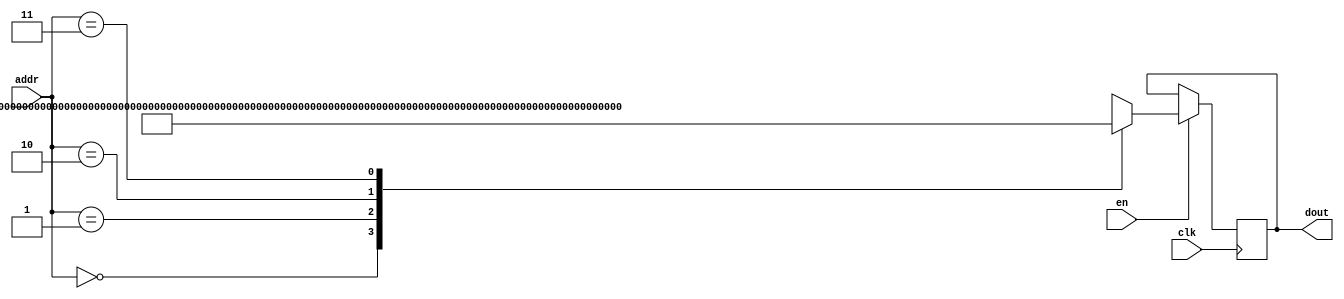
`timescale 1ns / 1ps
/*
Copyright
All right reserved.
Module Name: rom_syn
Author  : Zichuan Liu, Yixing Li and Wenye Liu.
Description:
A synthesized ROM: ROM_DEP x ROM_WID
*/
module AD_W_ROM_11(
// inputs
clk,
en,
addr,
// outputs
dout
);
localparam ROM_WID = 153;
localparam ROM_DEP = 4;
localparam ROM_ADDR = 2;
// input definition
input clk;
input en;
input [ROM_ADDR-1:0] addr;
// output definition
output [ROM_WID-1:0] dout;
reg [ROM_WID-1:0] data;
always @(posedge clk)
begin
if (en) begin
case(addr)
		2'd0: data <= 153'b111111100110100100000000111010110000000010110001011111111100100100000000001010000001011111111010000010111111100101011011111111111111011111111110100111001;
		2'd1: data <= 153'b000000000000010111111111111010110011111111001101000111111111010111011111111111001110011111111010010001111111111110101010000000000000110111111111101010101;
		2'd2: data <= 153'b000000010011100111111111110100011011111111101110111000000010110000011111110000010111000000001000010100111111011111011000000001010111111100000000001101101;
		2'd3: data <= 153'b000000000100011110000000001100110100000000010001111000000000011001110000000000110011011111111111011111111111111100011011111111110000100011111111010100100;
		endcase
		end
	end
	assign dout = data;
endmodule